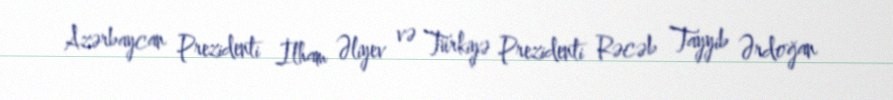
Azərbaycan Prezidenti İlham Əliyev və Türkiyə Prezidenti Rəcəb Tayyib Ərdoğan